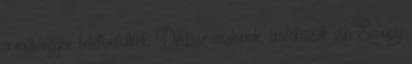
a műtárgyai, telefonfülkék, Dédász oszlopok, trafóházak stb Én úgy